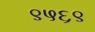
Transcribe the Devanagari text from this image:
९५६९